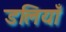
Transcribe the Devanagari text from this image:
डलियाँ